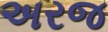
અરજ